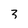
Character: 3